Report of the Hyderabad Chloroform Commission
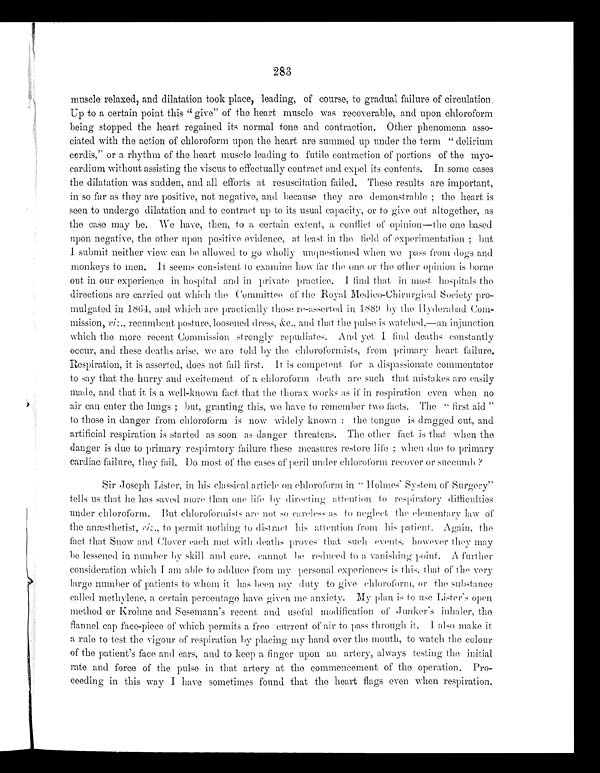
283
muscle relaxed, and dilatation took place, leading, of course, to gradual failure of circulation.
Up to a certain point this "give" of the heart muscle was recoverable, and upon chloroform
being stopped the heart regained its normal tone and contraction. Other phenomena asso--
ciated with the action of chloroform upon the heart are summed up under the term "delirium
cordis," or a rhythm of the heart muscle leading to futile contraction of portions of the
myo-cardium without assisting the viscus to effectually contract and expel its contents. In some cases
the dilatation was sudden, and all efforts at resuscitation failed. These results are important,
in so far as they are positive, not negative, and because they are demonstrable; the heart is
seen to undergo dilatation and to contract up to its usual capacity, or to give out altogether, as
the case may be. We have, then, to a certain extent, a conflict of opinion—the one based
upon negative, the other upon positive evidence, at least in the field of experimentation; but
I submit neither view can be allowed to go wholly unquestioned when we pass from dogs and
monkeys to men. It seems consistent to examine how far the one or the other opinion is borne
out in our experience in hospital and in private practice. I find that in most hospitals the
directions are carried out which the Committee of the Royal Medico-Chirurgical Society pro-
mulgated in 1864, and which are practically those re-asserted in 1889 by the Hyderabad Com-
mi s s i o n , v i z . , r e c u mb e n t p o s t u r e , l o o s e n e d d r e s s , &c . , a n d t h a t t h e p u l s e i s wa t c h e d , —a n i n j u n c t i o n
which the more recent Commission strongly repudiates. And yet I find deaths constantly
occur, and these deaths arise, we are told by the chloroformists, from primary heart failure.
Respiration, it is asserted, does not fail first. It is competent for a dispassionate commentator
to say that the hurry and excitement, of a chloroform death are such that mistakes are easily
made, and that it is a well-known fact that the thorax works as if in respiration even when no
air can enter the lungs; but, granting this, we have to remember two facts, The "first aid"
to those in danger from chloroform is now widely known: the tongue is dragged out, and
artificial respiration is started as soon as danger threatens. The other fact is that when the
danger is due to primary respiratory failure these measures restore life; when due to primary
cardiac failure, they fail. Do most of the cases of peril under chloroform recover or succumb?
Sir Joseph Lister, in his classical article on chloroform in "Holmes' System of Surgery"
tells us that he has saved more than one life by directing attention to respiratory difficulties
under chloroform. But chloroformists are not so careless as to neglect the elementary law of
the anæsthetist, riz., to permit nothing to distract his attentionf r o m
h i s
p a t i e n t .
A g a i n , t h e
fact that Snow and Clover each met with deaths proves that such events,h o w e v e r
t h e y
m a y
be lessened in number by skill and care, cannot be reduced to a vanishing point. A further
consideration which I am able to adduce from my personal experiences is this,t h a t
o f t h e v e r y
large number of patients to whom it has been my duty to give chloroform, or the substance
called methylene, a certain percentage have given me anxiety. My plan is to use Lister's open
method or Krohne and Sesemann's recent and useful modification of Junker's inhaler, the
flannel cap face-piece of which permits a free current of air to pass through it. I also make it
a rule to test the vigour of respiration by placing my hand over the mouth, to watch the colour
of the patient' s face and ears, and to keep a finger upon an artery, always testing the initial
rate and force of the pulse in that artery at the commencement of the operation. Pro-
-ceeding in this way I have sometimes found that the heart flags even when respiration,